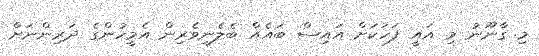
މި ގާނޫނު މި އައީ ފަހަކަށް އައިސް ބައެއް ބެލެނިވެރިން އެމީހުންގެ ދަރިންނަށް